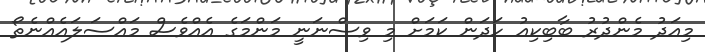
މިއަދު މެންދުރު ބާބިކިއު ހަދަން ކަމަށް މި ވިސްނަނީ މަންމަގެ އެއްވެސް މައްސަލައެއްނެތޯ